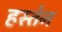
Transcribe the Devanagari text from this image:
हस्तेन